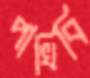
পাখিবি